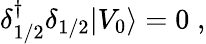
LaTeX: \delta{^\dagger_{1/2}}\delta_{1/2}\vert V_{0}\rangle=0\; ,